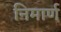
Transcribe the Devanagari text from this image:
निमार्ण